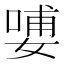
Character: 𰌑